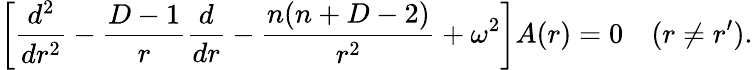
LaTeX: \left[{\frac{d^{2}}{dr^{2}}}-{\frac{D-1}{r}}{\frac{d}{dr}}-{\frac{n(n+D-2)}{r^{2}}}+\omega^{2}\right]A(r)=0\quad(r\neq r^{\prime}).